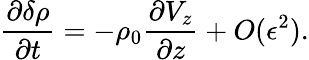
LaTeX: \frac{\partial\delta\rho}{\partial t}=-\rho_{0}\frac{\partial V_{z}}{\partial z}+O(\epsilon^{2}).